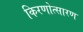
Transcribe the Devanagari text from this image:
किरणोत्सारण